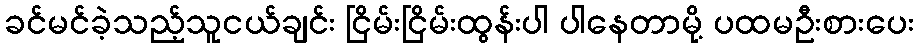
ခင်မင်ခဲ့သည့်သူငယ်ချင်း ငြိမ်းငြိမ်းထွန်းပါ ပါနေတာမို့ ပထမဦးစားပေး